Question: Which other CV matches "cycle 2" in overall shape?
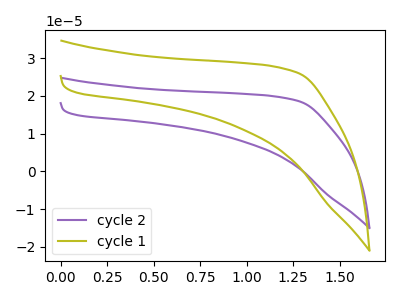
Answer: <think>The purple curve "cycle 2" has no peaks. The olive curve "cycle 1" has no peaks.
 Neither "cycle 2" or "cycle 1" have any peaks.</think>
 <answer>The CV with the most similar shape to "cycle 1" is "cycle 2".</answer>
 <eval>"cycle 2"</eval>